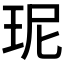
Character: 𤤗